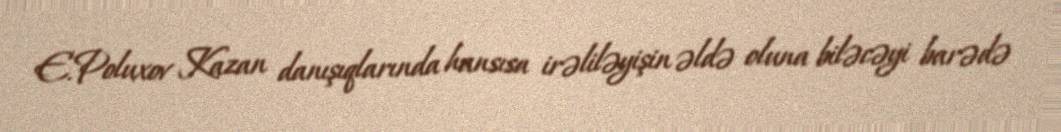
E.Poluxov Kazan danışıqlarında hansısa irəliləyişin əldə oluna biləcəyi barədə